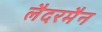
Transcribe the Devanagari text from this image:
लैदरमैन